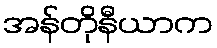
အန်တိုနီယာက